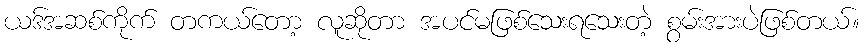
ယဒ်အဆစ်ကိုက် တကယ်တော့ လူဆိုတာ အပင်မဖြစ်သေးရသေးတဲ့ စွမ်းအားပဲဖြစ်တယ်။